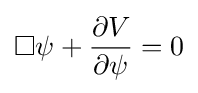
\Box \psi +{\frac {\partial V}{\partial \psi }}=0